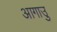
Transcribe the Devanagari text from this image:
आगाउु